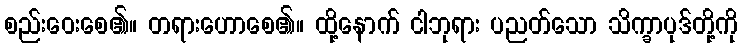
စည်းဝေးစေ၏။ တရားဟောစေ၏။ ထို့နောက် ငါဘုရား ပညတ်သော သိက္ခာပုဒ်တို့ကို